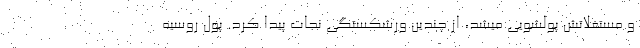
و مستغلاتش پولشویی میشد، از چندین ورشکستگی نجات پیدا کرد. پول روسیه